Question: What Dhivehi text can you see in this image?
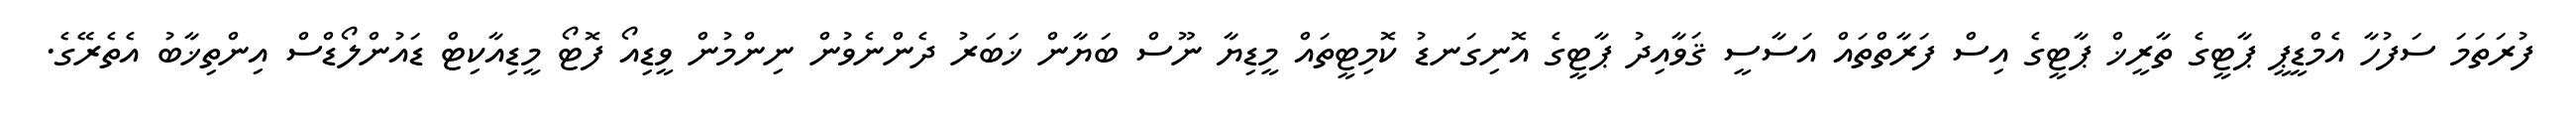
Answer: ފުރަތަމަ ސަފުހާ އެމްޑީޕީ ޕާޓީގެ ތާރީޚް ޕާޓީގެ އިސް ފަރާތްތައް އަސާސީ ޤަވާއިދު ޕާޓީގެ އޮނިގަނޑު ކޮމިޓީތައް މީޑިޔާ ނޫސް ބަޔާން ޚަބަރު ދެންނެވުން ނިންމުން ވީޑިއޯ ފޮޓޯ މީޑިއާކިޓް ޑައުންލޯޑްސް އިންތިޚާބު އެތެރޭގެ.